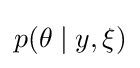
p(\theta \mid y,\xi )